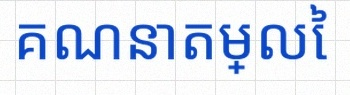
គណនាតម្លៃ